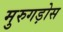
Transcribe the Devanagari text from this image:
मुरुगड़ोस